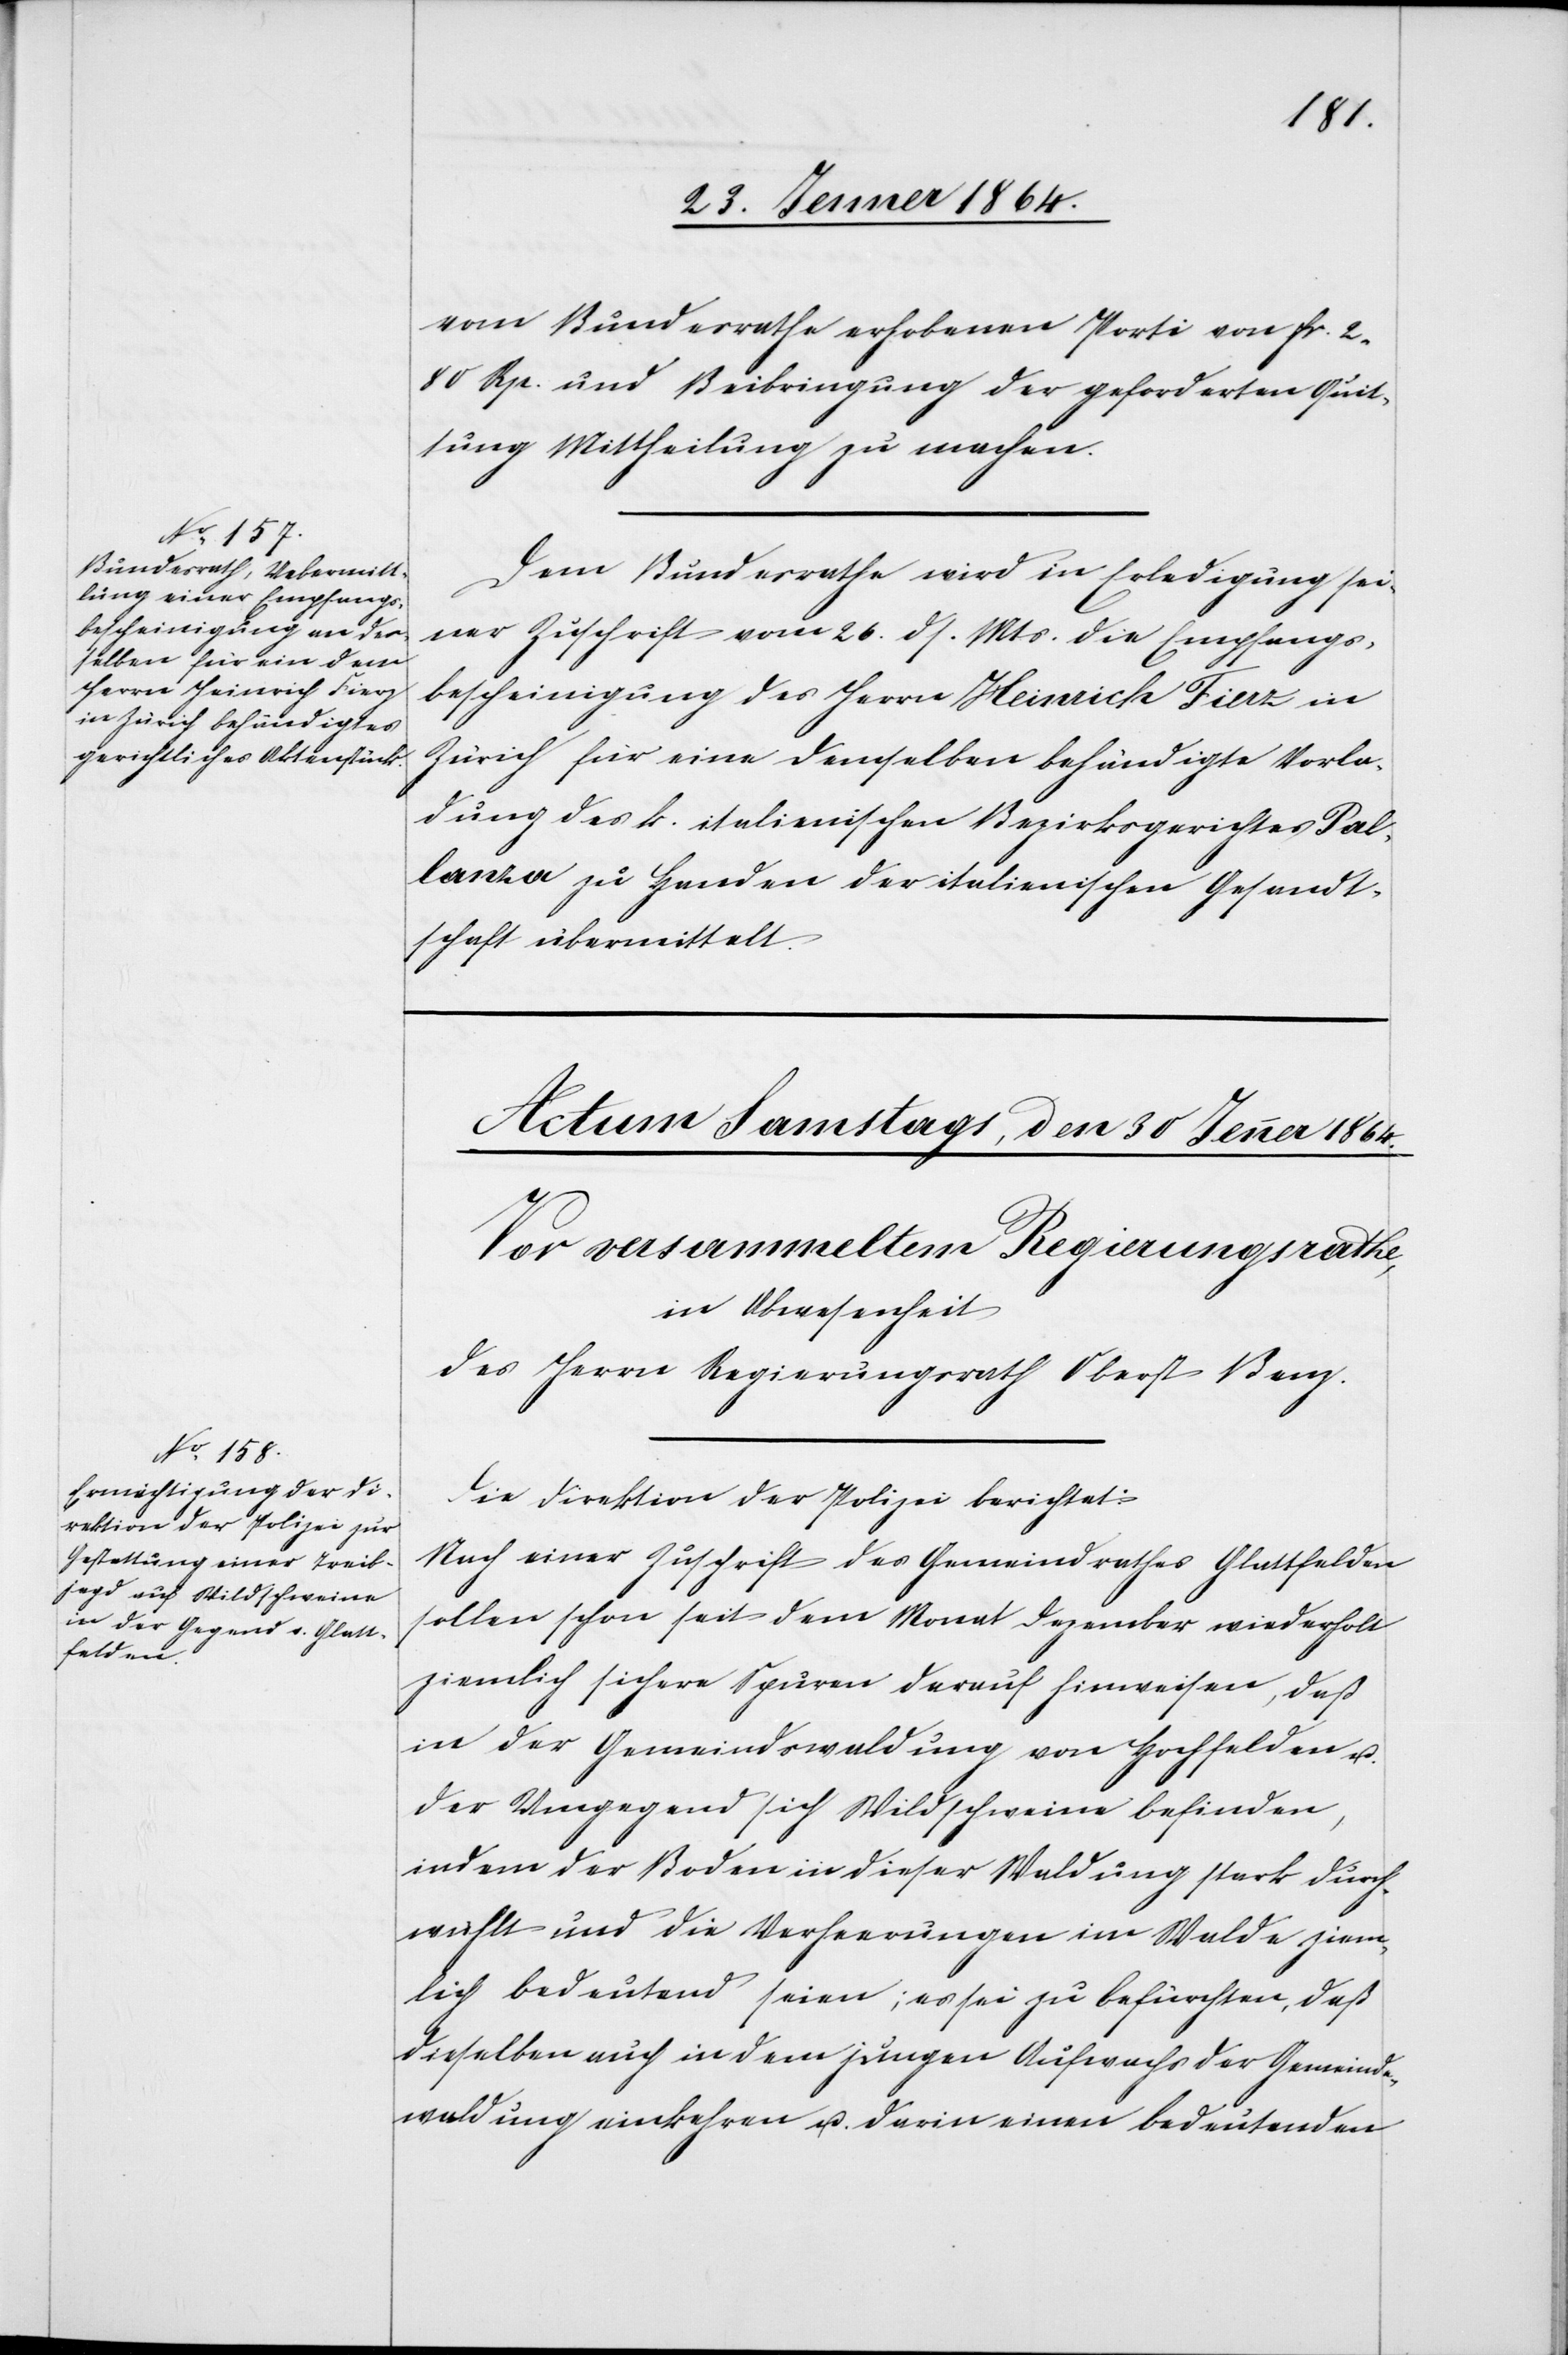
29. Jenner 1864.]
vom Bundesrathe erhobenen Porti von fr. 2.
80 Rp. und Beibringung der geforderten Quit¬
tung Mittheilung zu machen.
Dem Bundesrathe wird in Erledigung sei¬
ner Zuschrift vom 26. ds. Mts. die Empfangs¬
bescheinigung des Herrn Heinrich Fierz in
Zürich für eine demselben behändigte Vorla¬
dung des k. italienischen Bezirksgerichtes Pal¬
lanza zu Handen der italienischen Gesandt¬
schaft übermittelt.
Die Direktion der Polizei berichtet:
Nach einer Zuschrift des Gemeindrathes Glattfelden
sollen schon seit dem Monat Dezember wiederholt
ziemlich sichere Spuren darauf hinweisen, daß
in der Gemeindswaldung von Hochfelden u.
der Umgegend sich Wildschweine befinden,
indem der Boden in dieser Waldung stark durch¬
wühlt und die Verheerungen im Walde ziem¬
lich bedeutend seien; es sei zu befürchten, daß
dieselben auch in dem jungen Aufwuchs der Gemeinde¬
waldung einkehren u. darin einen bedeutenden